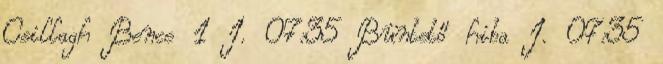
Csillagh Bence 1 I. 07:35 Büntető hiba I. 07:35